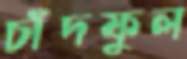
চাঁদফুল